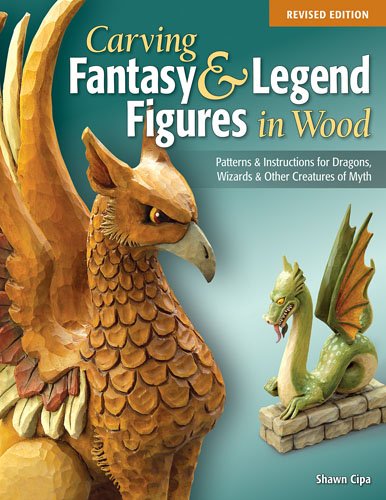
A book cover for Carving Fantasy & Legend Figures in Wood, Revised Edition: Patterns & Instructions for Dragons, Wizards & Other Creatures of Myth; Shawn Cipa; Crafts, Hobbies & Home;